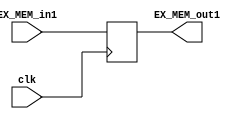



module Register_EX_MEM(clk,EX_MEM_in1,EX_MEM_out1);
    input clk;
    input [74:0]EX_MEM_in1;
    output reg [74:0]EX_MEM_out1;
    always@(posedge clk)
    begin
    EX_MEM_out1<=EX_MEM_in1;
    end
endmodule